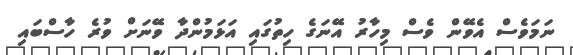
ނަމަވެސް އެވޭން ވެސް މިހާރު އޭނަގެ ހިތުގައި އަޅަމުންދާ ވޭނަށް ވުރެ ހާސްބައި